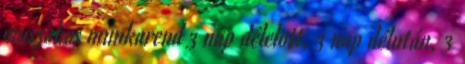
műszakos munkarend 3 nap délelőtt, 3 nap délután, 3